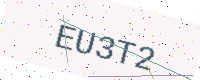
Text: EU3T2